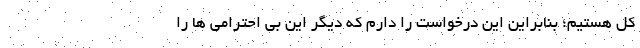
کل هستیم؛ بنابراین این درخواست را دارم که دیگر این بی احترامی ها را